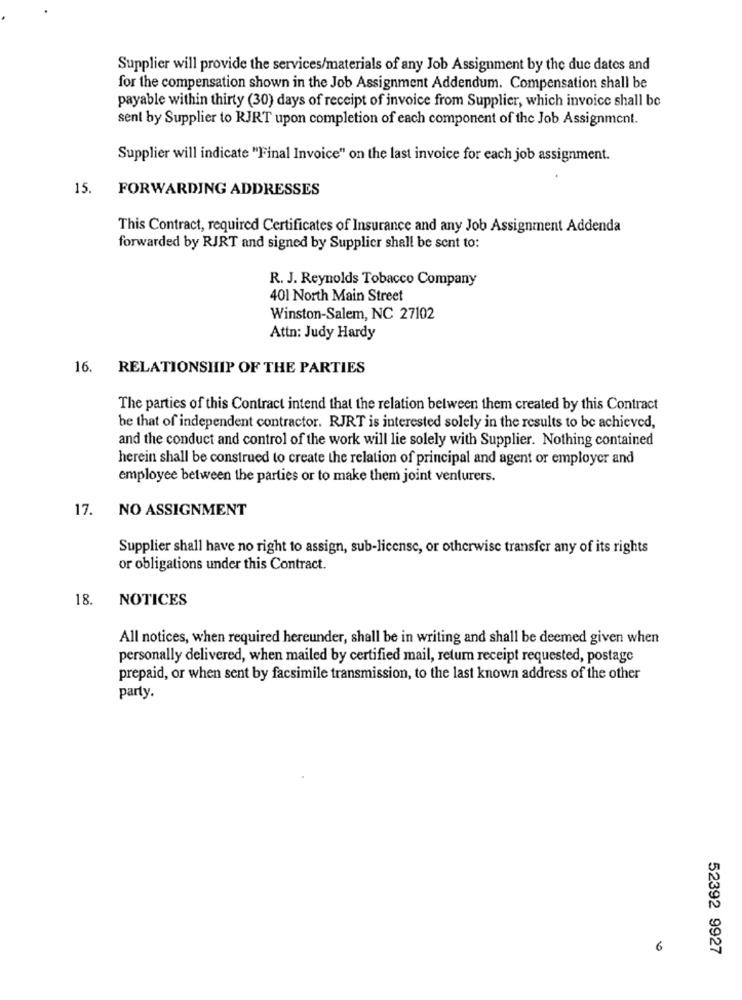
Supplier will provide the services/materials of any Job Assignment by the due dates and
for the compensation shown in the Job Assignment Addendum. Compensation shall be
payable within thirty (30) days of receipt of invoice from Supplier, which invoice shall be
sent by Supplier to RJRT upon completion of each component of the Job Assignment.
Supplier will indicate "Final Invoice" on the last invoice for each job assignment.
15.
FORWARDING ADDRESSES
This Contract, required Certificates of Insurance and any Job Assignment Addenda
forwarded by RJRT and signed by Supplier shall be sent to:
R. J. Reynolds Tobacco Company
401 North Main Street
Winston-Salem, NC 27102
Attn: Judy Hardy
16. RELATIONSHIP OF THE PARTIES
The parties of this Contract intend that the relation between them created by this Contract
be that of independent contractor. RJRT is interested solely in the results to be achieved,
and the conduct and control of the work will lie solely with Supplier. Nothing contained
herein shall be construed to create the relation of principal and agent or employer and
employee between the parties or to make them joint venturers.
17.
NO ASSIGNMENT
Supplier shall have no right to assign, sub-license, or otherwise transfer any of its rights
or obligations under this Contract.
18.
NOTICES
All notices, when required hereunder, shall be in writing and shall be deemed given when
personally delivered, when mailed by certified mail, return receipt requested, postage
prepaid, or when sent by facsimile transmission, to the last known address of the other
party.
6
52392 9927